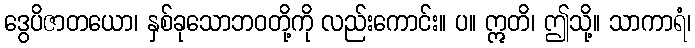
ဒွေပိဇာတယော၊ နှစ်ခုသောဘဝတို့ကို လည်းကောင်း။ ပ။ ဣတိ၊ ဤသို့။ သာကာရံ၊